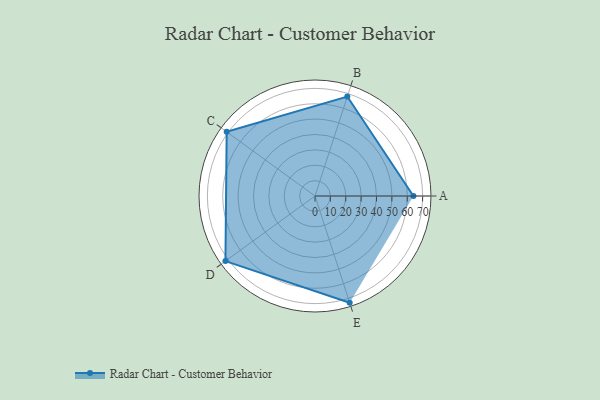
{"axis": {"x": "Skill", "y": "Score"}, "legend": ["Profile"], "data": [{"x": "A", "y": 64.0, "type": "Profile"}, {"x": "B", "y": 68.0, "type": "Profile"}, {"x": "C", "y": 71.0, "type": "Profile"}, {"x": "D", "y": 72.0, "type": "Profile"}, {"x": "E", "y": 73.0, "type": "Profile"}]}